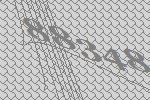
88348